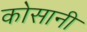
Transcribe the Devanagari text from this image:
कोसानी